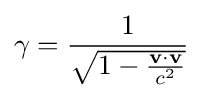
\gamma ={1 \over {\sqrt {1-{{\mathbf {v} \cdot \mathbf {v} } \over c^{2}}}}}